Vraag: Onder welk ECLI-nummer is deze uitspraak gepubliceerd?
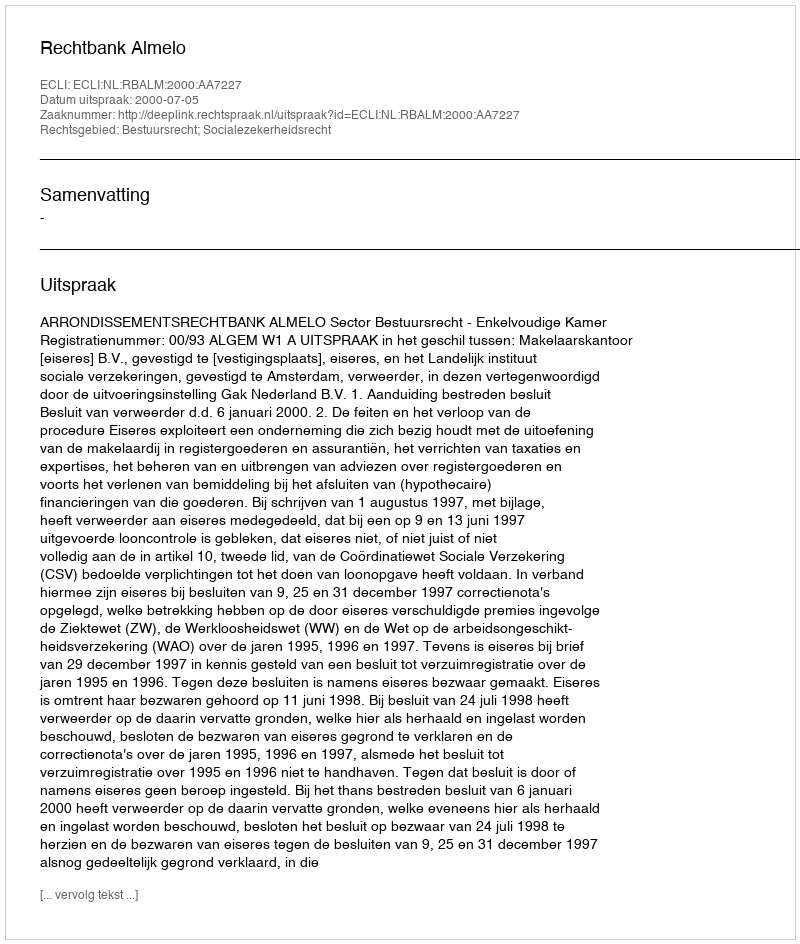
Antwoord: ECLI:NL:RBALM:2000:AA7227